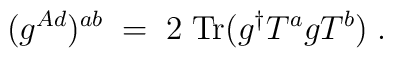
(g^{Ad})^{a b} \; = \; 2 \; \mbox{Tr} ( g^\dagger T^a g T^b ) \; .